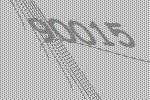
90015